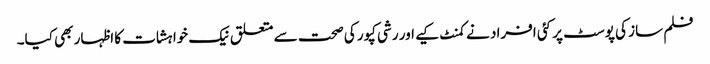
فلم ساز کی پوسٹ پر کئی افراد نے کمنٹ کیے اور رشی کپور کی صحت سے متعلق نیک خواہشات کا اظہار بھی کیا۔